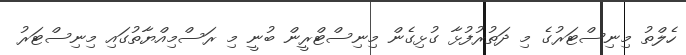
ހެލްތު މިނިސްޓަރުގެ މި ދަތުރުފުޅާ ގުޅިގެން މިނިސްޓްރީން ބުނީ މި ރަސްމިއްޔާތުގައި މިނިސްޓަރު